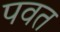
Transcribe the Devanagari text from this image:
पवत